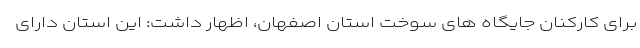
برای کارکنان جایگاه های سوخت استان اصفهان، اظهار داشت: این استان دارای